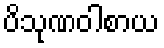
ပိသုဏဝါစာယ